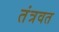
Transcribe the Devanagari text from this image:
तंत्रवत